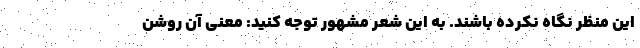
این منظر نگاه نکرده باشند. به این شعر مشهور توجه کنید: معنی آن روشن